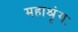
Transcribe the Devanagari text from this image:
महाश्रृंगः